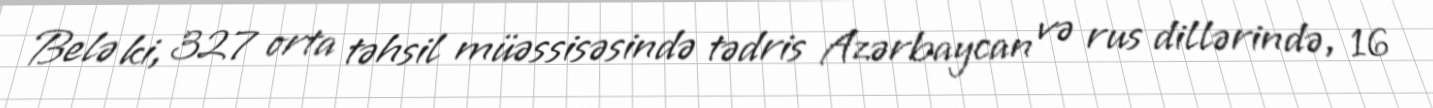
Belə ki, 327 orta təhsil müəssisəsində tədris Azərbaycan və rus dillərində, 16